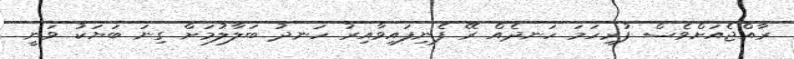
ރާއްޖެއަށްވެސް ފުރިހަމަ ހަނދެއް ރޭ ފެނިފައިވާއިރު ހަނދު ބަލާލުމަށް ގިނަ ބަޔަކު ވަނީ